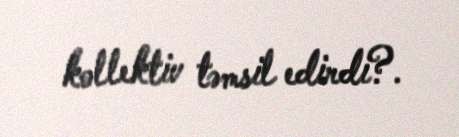
kollektiv təmsil edirdi?.